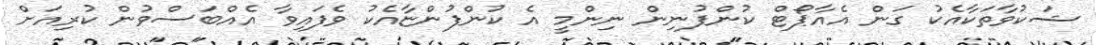
ޝަކުވާތަކާއެކު ގަން އެއާޕޯޓް ކުންފުނިން ނިންމީ އެ ކުންފުންޏާއެކު ވެފައިވާ އެއްބަސްވުން ކުރިއަށް